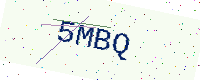
Text: 5MBQ